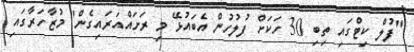
"ފުލް ކިޓްގައި ތިބި 30 ހަކަށް ފުލުހުން އެބައުޅޭ މި ރަށައްއަރައިގެން" މުޒާހަރާގައި